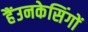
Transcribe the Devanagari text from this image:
हैंउनकेसिंगों